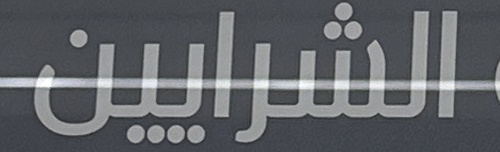
الشرايين